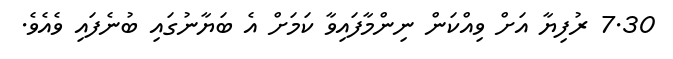
7.30 ރުފިޔާ އަށް ވިއްކަން ނިންމާފައިވާ ކަމަށް އެ ބަޔާނުގައި ބުނެފައި ވެއެވެ.